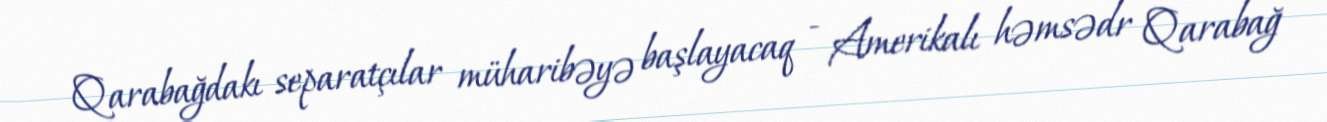
Qarabağdakı separatçılar müharibəyə başlayacaq - Amerikalı həmsədr Qarabağ